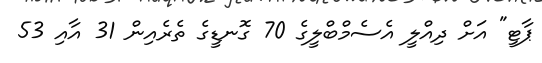
ޕާޓީ" އަށް ދިއްލީ އެސެމްބްލީގެ 70 ގޮނޑީގެ ތެރެއިން 31 އާއި 53